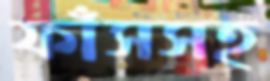
ফাঁসসহ